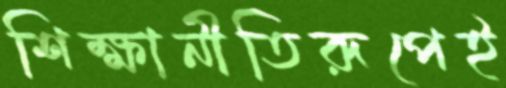
শিক্ষানীতিরূপেই